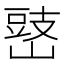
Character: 𡻧